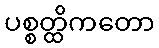
ပစ္စတ္ထိကတော